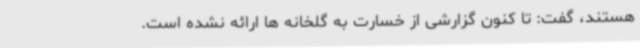
هستند، گفت: تا کنون گزارشی از خسارت به گلخانه ها ارائه نشده است.